Insane asylums in Bengal annual reports 1867-1875 - 1867-1875
Year: 1867
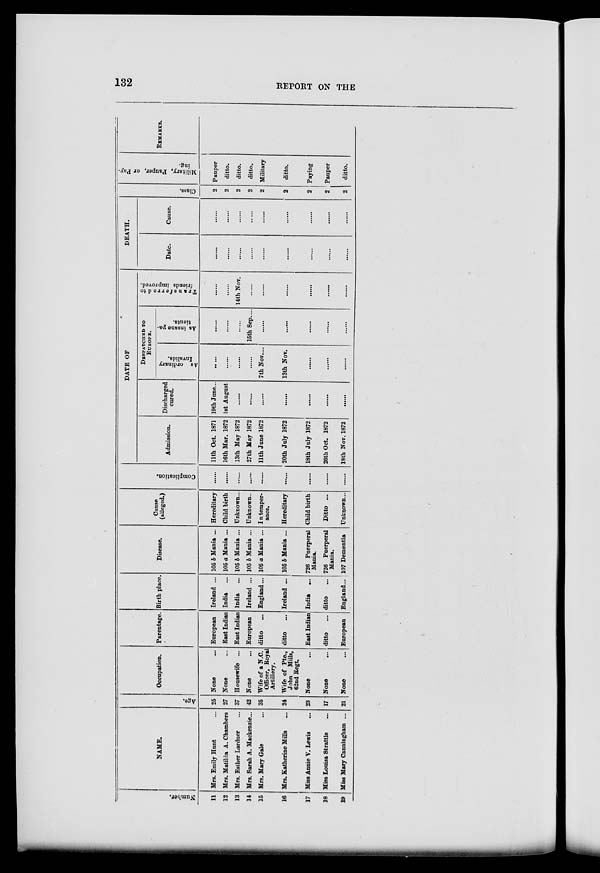
132
REPORT ON THE
Number.
11
12
13
14
15
16
17
18
19
NAME.
Mrs. Emily Hunt ...
Mrs. Matilda A. Chambers
Mrs. Esther Lardner ...
Mrs. Sarah A. Mackenzie...
Mrs. Mary Gale ...
Mrs. Katharine Mills ...
Miss Annie V. Lewis ...
Miss Louisa Strattle ...
Miss Mary Canningham ...
Age.
25
27
37
42
35
24
23
17
21
Occupation.
None
...
None ...
Housewife ...
None ...
Wife of a N.C.
Officer, Royal
Artillery.
Wife of Pte.,
John Mills,
62nd Regt.
None ...
None
...
None ...
Parentage.
European
East Indian
East Indian
European
ditto
...
ditto ...
East Indian
ditto ...
European
Birth place.
Ireland ...
India ...
India ...
Ireland ...
England...
Ireland ...
India ...
ditto ...
England...
Disease.
105 b Mania ...
105 a Mania ...
105 b Mania ...
105 b Mania ...
105 a Mania ...
105 b Mania ...
726 Puerperal
Mania.
726 Puerperal
Mania.
107 Dementia
Cause
(alleged.)
Hereditary
Child birth
Unknown...
Unknown..
Intemper-
ance.
Hereditary
Child birth
Ditto ...
Unknown...
Complication.
.......
.......
.......
.......
.......
.......
.......
.......
.......
DATE OF
Admission.
11th Oct. 1871
16th Mar. 1872
13th May 1872
27th May 1872
11th June 1872
20th July 1872
18th July 1872
26th Oct. 1872
18th Nov. 1872
Discharged
cured.
19th June...
1st August
.......
.......
.......
.......
.......
.......
.......
DESPATCHED TO
EUROPE.
As ordinary
Invalids.
.......
.......
.......
.......
7th Nov....
13th Nov.
.......
.......
.......
As insane pa-
tients.
.......
.......
.......
15th Sep....
.......
.......
.......
.......
.......
Transferred to
friends improved.
.......
.......
14th Nov.
.......
.......
.......
.......
.......
.......
DEATH.
Date.
.......
.......
.......
.......
.......
.......
.......
.......
.......
Cause.
.......
.......
.......
.......
.......
.......
.......
.......
.......
Class.
2
2
2
2
2
2
2
2
2
Military, Pauper, or Pay-
ing.
Pauper
ditto.
ditto.
ditto.
Military
ditto.
Paying
Pauper
ditto.
REMARKS.